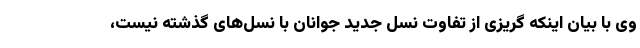
وی با بیان اینکه گریزی از تفاوت نسل جدید جوانان با نسل‌های گذشته نیست،